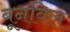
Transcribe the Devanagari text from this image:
बूनविल